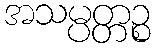
အသမ္ပတ္တဉ္စ